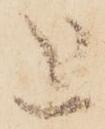
を